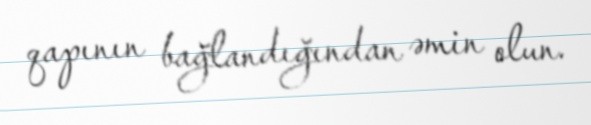
qapının bağlandığından əmin olun.